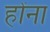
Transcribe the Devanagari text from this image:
होंना